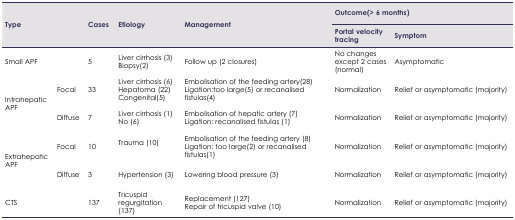
<table><thead><tr><td rowspan="2" colspan="2"><b>Type</b></td><td rowspan="2"><b>Cases</b></td><td rowspan="2"><b>Etiology</b></td><td rowspan="2"><b>Management</b></td><td colspan="2"><b>Outcome(&gt; 6 months)</b></td></tr><tr><td><b>Portal velocity tracing</b></td><td><b>Symptom</b></td></tr></thead><tbody><tr><td>Small APF</td><td></td><td>5</td><td>Liver cirrhosis (3)Biopsy(2)</td><td>Follow up (2 closures)</td><td>No changes except 2 cases (normal)</td><td>Asymptomatic</td></tr><tr><td rowspan="2">Intrahepatic APF</td><td>Focal</td><td>33</td><td>Liver cirrhosis (6)Hepatoma (22)Congenital(5)</td><td>Embolisation of the feeding artery(28)Ligation:too large(5) or recanalised fistulas(4)</td><td>Normalization</td><td>Relief or asymptomatic (majority)</td></tr><tr><td>Diffuse</td><td>7</td><td>Liver cirrhosis (1)No (6)</td><td>Embolisation of hepatic artery (7)Ligation: recanalised fistulas (1)</td><td>Normalization</td><td>Relief or asymptomatic (majority)</td></tr><tr><td rowspan="2">Extrahepatic APF</td><td>Focal</td><td>10</td><td>Trauma (10)</td><td>Embolisation of the feeding artery (8)Ligation: too large(2) or recanalised fistulas(1)</td><td>Normalization</td><td>Relief or asymptomatic (majority)</td></tr><tr><td>Diffuse</td><td>3</td><td>Hypertension (3)</td><td>Lowering blood pressure (3)</td><td>Normalization</td><td>Relief or asymptomatic (majority)</td></tr><tr><td>CTS</td><td></td><td>137</td><td>Tricuspid regurgitation (137)</td><td>Replacement (127)Repair of tricuspid valve (10)</td><td>Normalization</td><td>Relief or asymptomatic (majority)</td></tr></tbody></table>